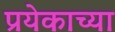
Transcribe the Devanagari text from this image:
प्रयेकाच्या